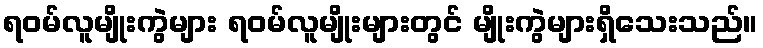
ရဝမ်လူမျိုးကွဲများ ရဝမ်လူမျိုးများတွင် မျိုးကွဲများရှိသေးသည်။